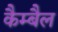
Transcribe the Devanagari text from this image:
कैम्बैल